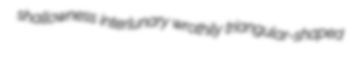
shallowness interlunary wrothily triangular-shaped